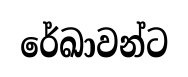
රේඛාවන්ට